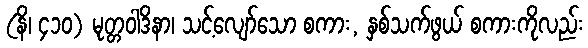
(နိ၊ ၄၁၀) မုတ္တဝါဒိနာ၊ သင့်လျော်သော စကား, နှစ်သက်ဖွယ် စကားကိုလည်း